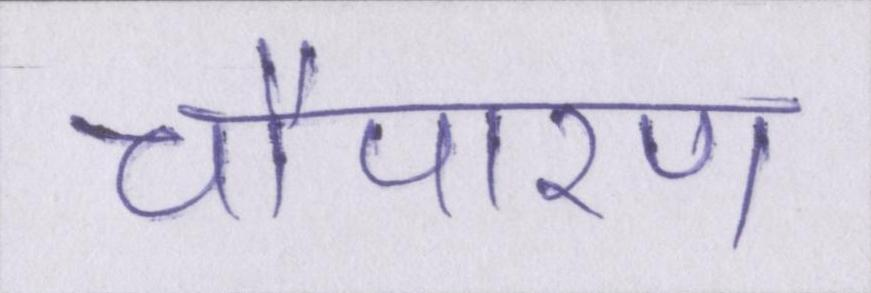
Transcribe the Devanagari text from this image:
चौपारण